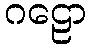
ဂဠော